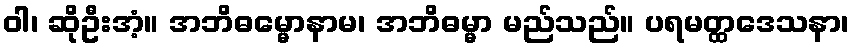
ဝါ၊ ဆိုဦးအံ့။ အဘိဓမ္မောနာမ၊ အဘိဓမ္မာ မည်သည်။ ပရမတ္ထဒေသနာ၊